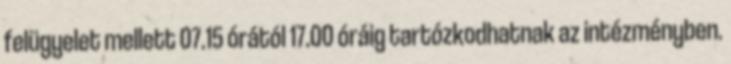
felügyelet mellett 07.15 órától 17.00 óráig tartózkodhatnak az intézményben.